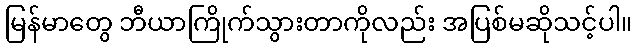
မြန်မာတွေ ဘီယာကြိုက်သွားတာကိုလည်း အပြစ်မဆိုသင့်ပါ။